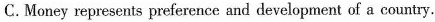
C.Money represents preference and development of a country.